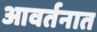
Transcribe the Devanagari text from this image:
आवर्तनात